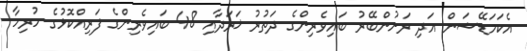
އެކަމަޑޭޝަން އަދި ރަށުންބޭރު ބައިވެރިންގެ ދަތުރު ޚަރަދާއި 48 ބައިވެރިންގެ ފަރިއްކޮޅުގެ ހުރިހާ